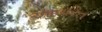
આવરિત